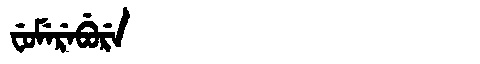
Manchu: ᠸᡠᠮᡝᡵᡝᠪᡠᡵᡝ
Romanization: FUMEREBURE